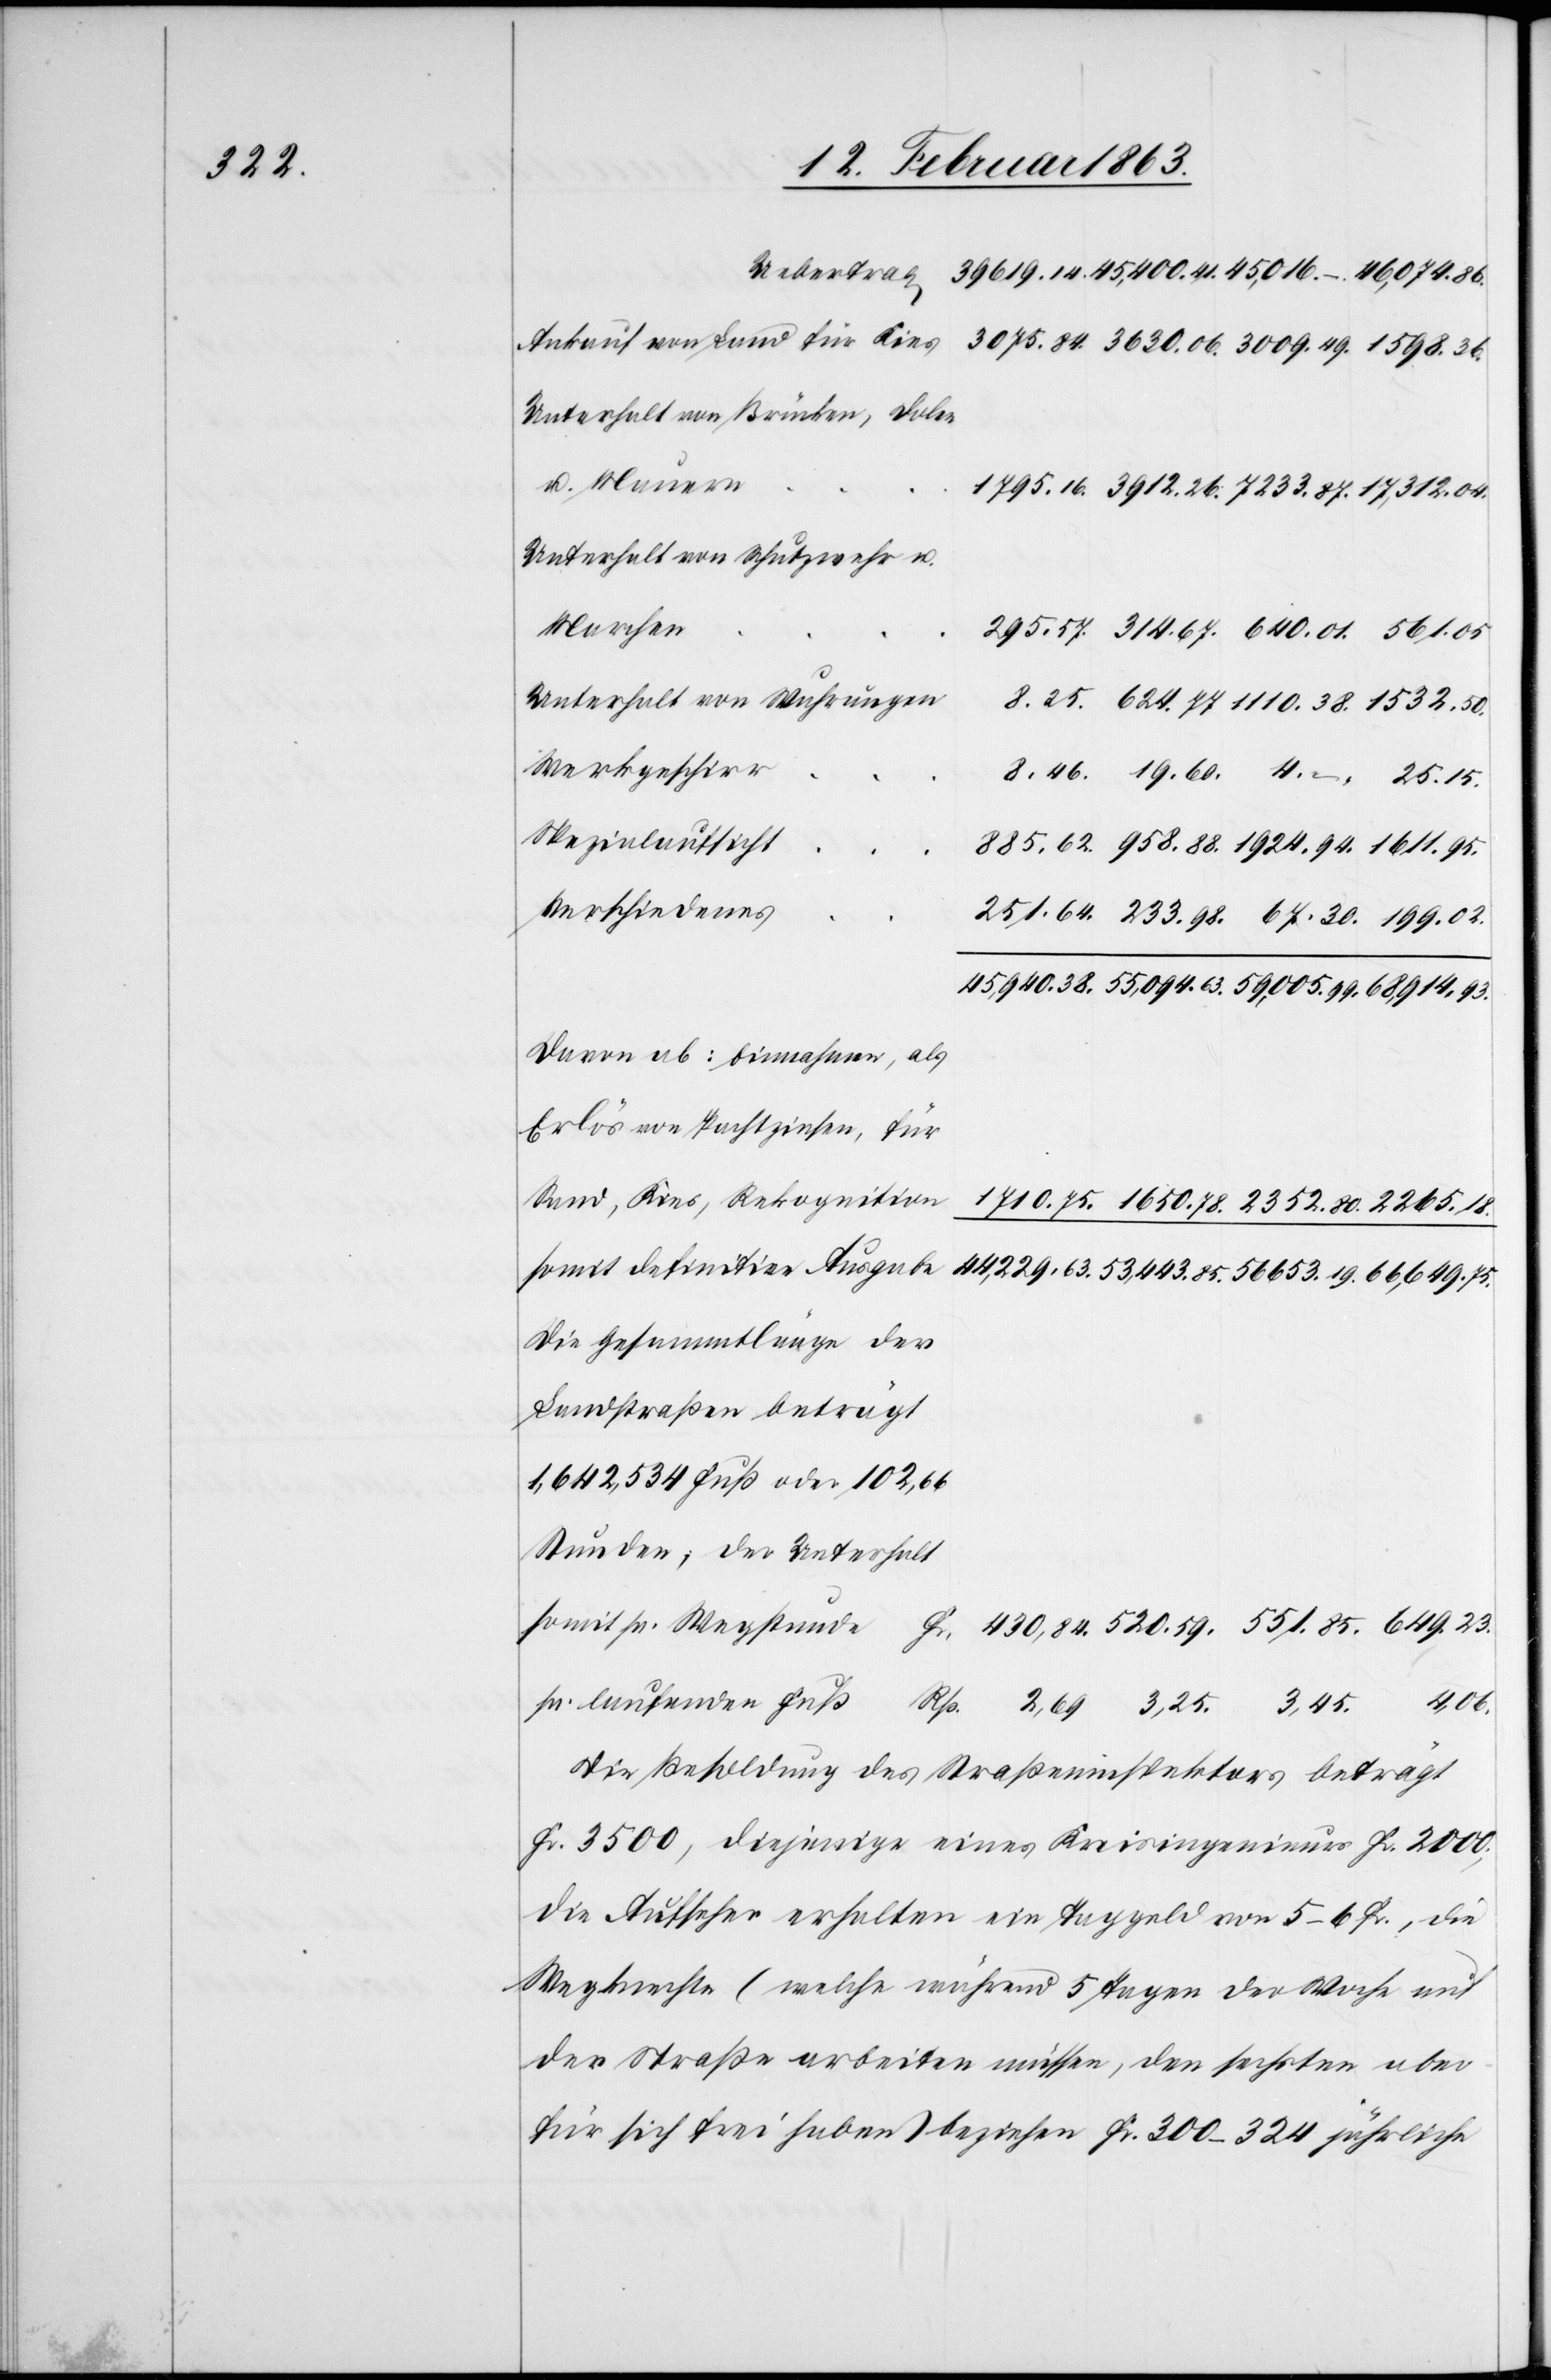
3, 45.

Unterhalt von Brücken, Dolen
u. Mauern
Unterhalt von Schutzwehr u.
Marchen
Unterhalt von Wuhrungen
Werkgeschirr
Spezialaufsicht
Verschiedenes
Davon ab: Einnahmen, als
Erlös von Pachtzinsen, für
Sand, Kies, Rekognition
somit definitive Ausgabe
Die Gesammtlänge der
Landstraßen beträgt
1,642,534 Fuß oder 102,66
Stunden; der Unterhalt
Die Besoldung des Straßeninspektors beträgt
Fr. 3500, diejenige eines Kreisingenieurs Fr. 2000;
die Aufseher erhalten ein Taggeld von 5–6 Fr., die
Wegknechte (welche während 5 Tagen der Woche auf
der Straße arbeiten müssen, den sechsten aber
für sich frei haben) beziehen Fr. 300–324 jährliche